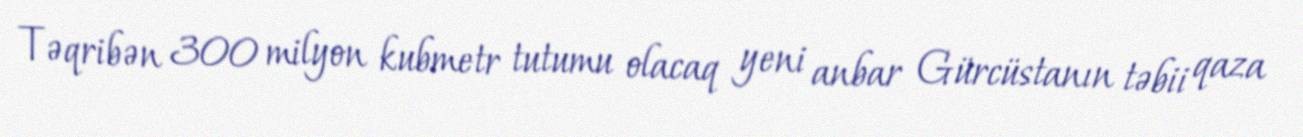
Təqribən 300 milyon kubmetr tutumu olacaq yeni anbar Gürcüstanın təbii qaza